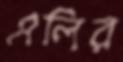
এলির